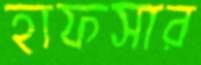
হাফসার